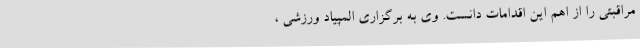
مراقبتی را از اهم این اقدامات دانست. وی به برگزاری المپیاد ورزشی ،